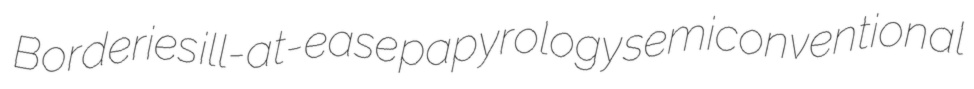
Borderies ill-at-ease papyrology semiconventional